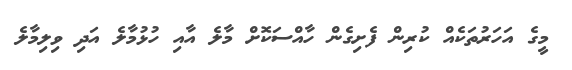
މީގެ އަހަރުތަކެއް ކުރިން ފެށިގެން ހާއްސަކޮށް މާލެ އާއި ހުޅުމާލެ އަދި ވިލިމާލެ